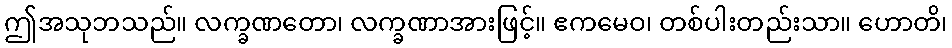
ဤအသုဘသည်။ လက္ခဏတော၊ လက္ခဏာအားဖြင့်။ ဧကမေဝ၊ တစ်ပါးတည်းသာ။ ဟောတိ၊